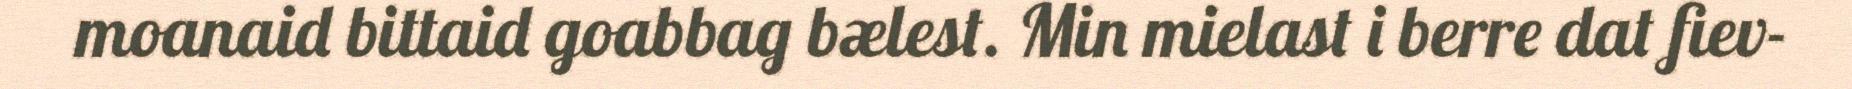
moanaid bittaid goabbag bælest. Min mielast i berre dat fiev-